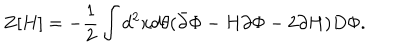
Z [ H ] = - \frac { 1 } { 2 } \int d ^ { 2 } x d \theta ( \bar { \partial } \Phi - H \partial \Phi - 2 \partial H ) D \Phi .